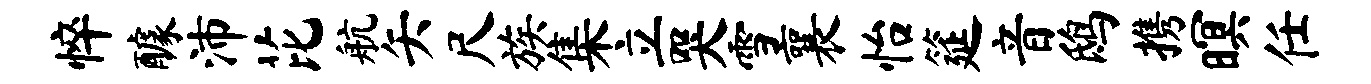
悴醵沛芘航矢尺族集立哭雪襄怡筵音鸱携暝任